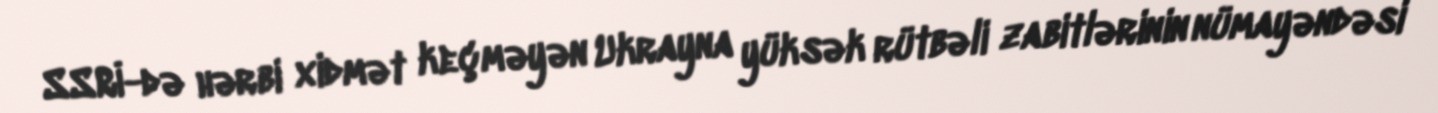
SSRİ-də hərbi xidmət keçməyən Ukrayna yüksək rütbəli zabitlərinin nümayəndəsi